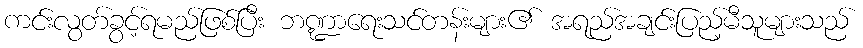
ကင်းလွတ်ခွင့်ရမည်ဖြစ်ပြီး ဘဏ္ဍာရေးသင်တန်းများ၏ အရည်အချင်းပြည့်မီသူများသည်